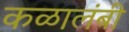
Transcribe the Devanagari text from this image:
कळालंबी